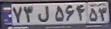
۷۳ل۵۶۴۵۳